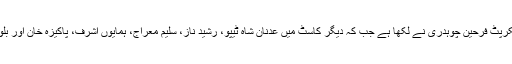
فلم کے ہدایت کار تیمور شیرازی ہیں اور اس کا اسکرپٹ فرحین چوہدری نے لکھا ہے جب کہ دیگر کاسٹ میں عدنان شاہ ٹیپو، رشید ناز، سلیم معراج، ہمایوں اشرف، پاکیزہ خان اور بلوچستان کے متعدد تھیٹر آرٹسٹ بھی شامل ہوں گے۔